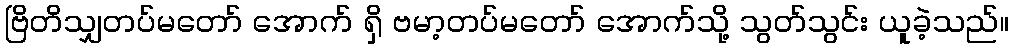
ဗြိတိသျှတပ်မတော် အောက် ရှိ ဗမာ့တပ်မတော် အောက်သို့ သွတ်သွင်း ယူခဲ့သည်။